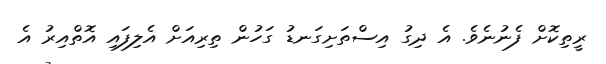
ރީތިކޮށް ފެނުނެވެ. އެ ދިގު އިސްތަށިގަނޑު ގަހުން ތިރިއަށް އެލިފައި އޮތްއިރު އެ